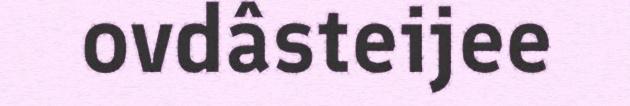
ovdâsteijee